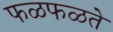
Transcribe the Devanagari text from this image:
फळफळते